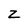
Character: Z